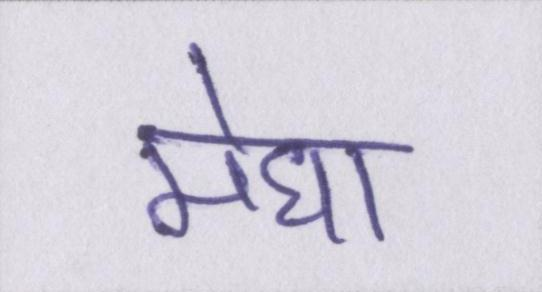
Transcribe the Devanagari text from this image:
मेघा